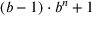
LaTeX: ( b - 1 ) \cdot b ^ { n } + 1